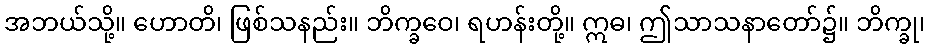
အဘယ်သို့။ ဟောတိ၊ ဖြစ်သနည်း။ ဘိက္ခဝေ၊ ရဟန်းတို့။ ဣဓ၊ ဤသာသနာတော်၌။ ဘိက္ခု၊